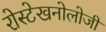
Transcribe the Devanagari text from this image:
रोस्टेखनोलोजी